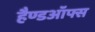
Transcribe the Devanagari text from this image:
हैण्डऑफ्स